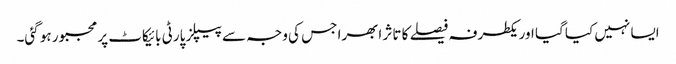
ایسا نہیں کیا گیا اور یکطرفہ فیصلے کا تاثر ابھرا جس کی وجہ سے پیپلز پارٹی بائیکاٹ پر مجبور ہو گئی۔